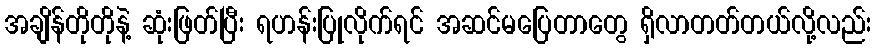
အချိန်တိုတိုနဲ့ ဆုံးဖြတ်ပြီး ရဟန်းပြုလိုက်ရင် အဆင်မပြေတာတွေ ရှိလာတတ်တယ်လို့လည်း